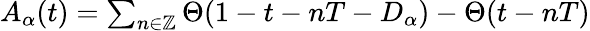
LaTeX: \begin{array}{r}{A_{\alpha}(t)=\sum_{n\in\mathbb{Z}}\Theta(1-t-nT-D_{\alpha})-\Theta(t-nT)}\end{array}